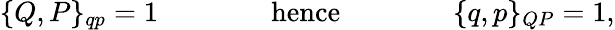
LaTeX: \{ Q,P\} _{qp}=1\qquad\qquad\mathrm{hence}\qquad\qquad\{ q,p\} _{QP}=1,